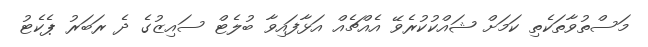
މަސްތުވާތަކެތި ކަމަށް ޝައްކުކުރެވޭ އެއްޗެއް އަޅާފައިވާ ބުލެޓް ސައިޒުގެ ދެ ރަބަރު ޕެކެޓު